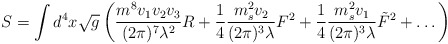
\begin{align*}S = \int d^4 x \sqrt{g} \left( {{m^8 v_1 v_2 v_3} \over (2 \pi)^7 \lambda^2} R + {1 \over 4} {{m_s^2 v_2} \over {(2 \pi)^3 \lambda}} F^2+ {1 \over 4} {{m_s^2 v_1} \over {(2 \pi)^3 \lambda}} \tilde{F}^2 +\dots \right)\end{align*}